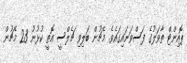
ޕޮއިންޓް ތާވަލުގެ ފަސްވަނައިގައެވެ. މެޗުން ބަލިވި ޗެލްސީ އޮތީ ކުޅުނު 23 މެޗުން